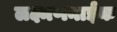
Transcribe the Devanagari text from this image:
लक्ष्मणनाईक